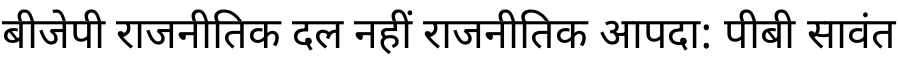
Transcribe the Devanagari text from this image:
बीजेपी राजनीतिक दल नहीं राजनीतिक आपदा: पीबी सावंत